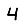
Digit: 4